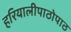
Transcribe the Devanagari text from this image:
हरियालीपाठोपाठ